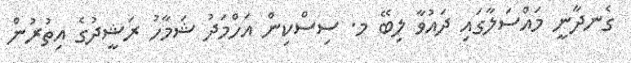
ގެނދާނީ މައްސަލާގައި ދައުވާ ލިބޭ މ. ސިސްކިން އަހްމަދު ޝަމާހު ރަޝީދުގެ އިތުރުން